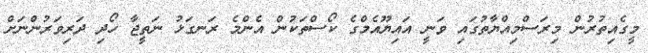
މީގެއިތުރުން މިރަސްމިއްޔާތުގައި ވަނީ އައިޔޫއެމްގެ ކޯސްތަކުން އެންމެ ރަނގަޅު ނަތީޖާ ހޯދި ދަރިވަރުންނަށް